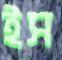
ইস